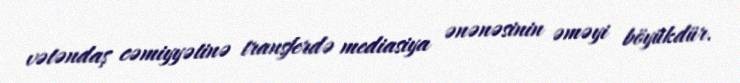
vətəndaş cəmiyyətinə transferdə mediasiya ənənəsinin əməyi böyükdür.